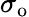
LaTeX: \sigma_{\mathrm{{o}}}